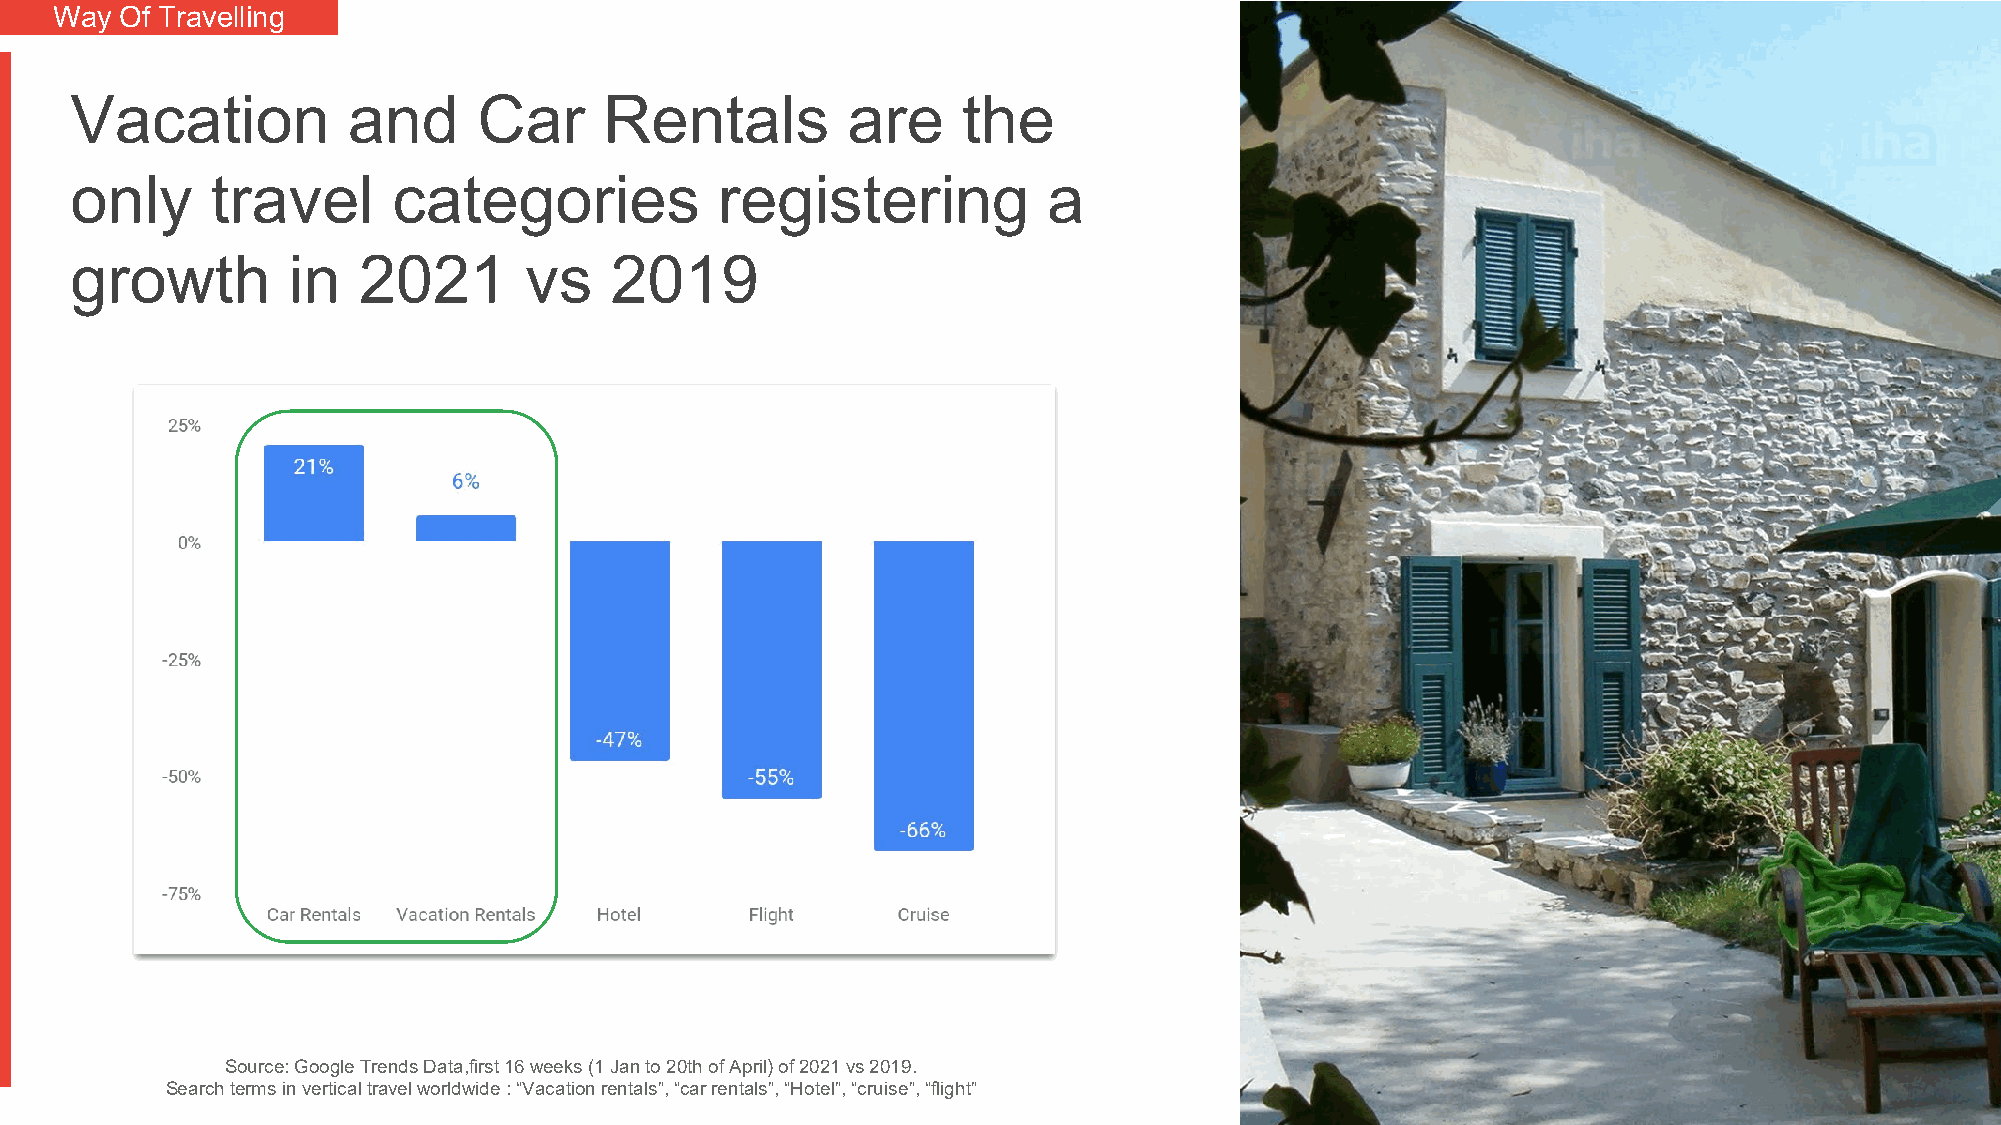
Way Of Travelling
 Proprietary + Confidential
 Vacation          and      Car     Rentals         are     the
 only     travel      categories            registering          a
 growth        in   2021       vs   2019
 Source: Google Trends Data,first 16 weeks (1 Jan to 20th of April) of 2021 vs 2019.
 Search terms in vertical travel worldwide : “Vacation rentals”, “car rentals”, “Hotel”, “cruise”, “flight”